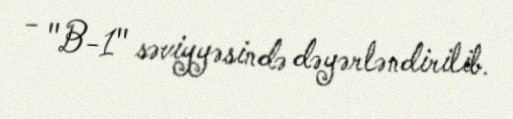
- "B-1" səviyyəsində dəyərləndirilib.